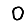
Digit: 0